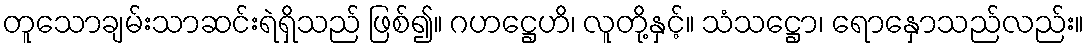
တူသောချမ်းသာဆင်းရဲရှိသည် ဖြစ်၍။ ဂဟဋ္ဌေဟိ၊ လူတို့နှင့်။ သံသဋ္ဌော၊ ရောနှောသည်လည်း။